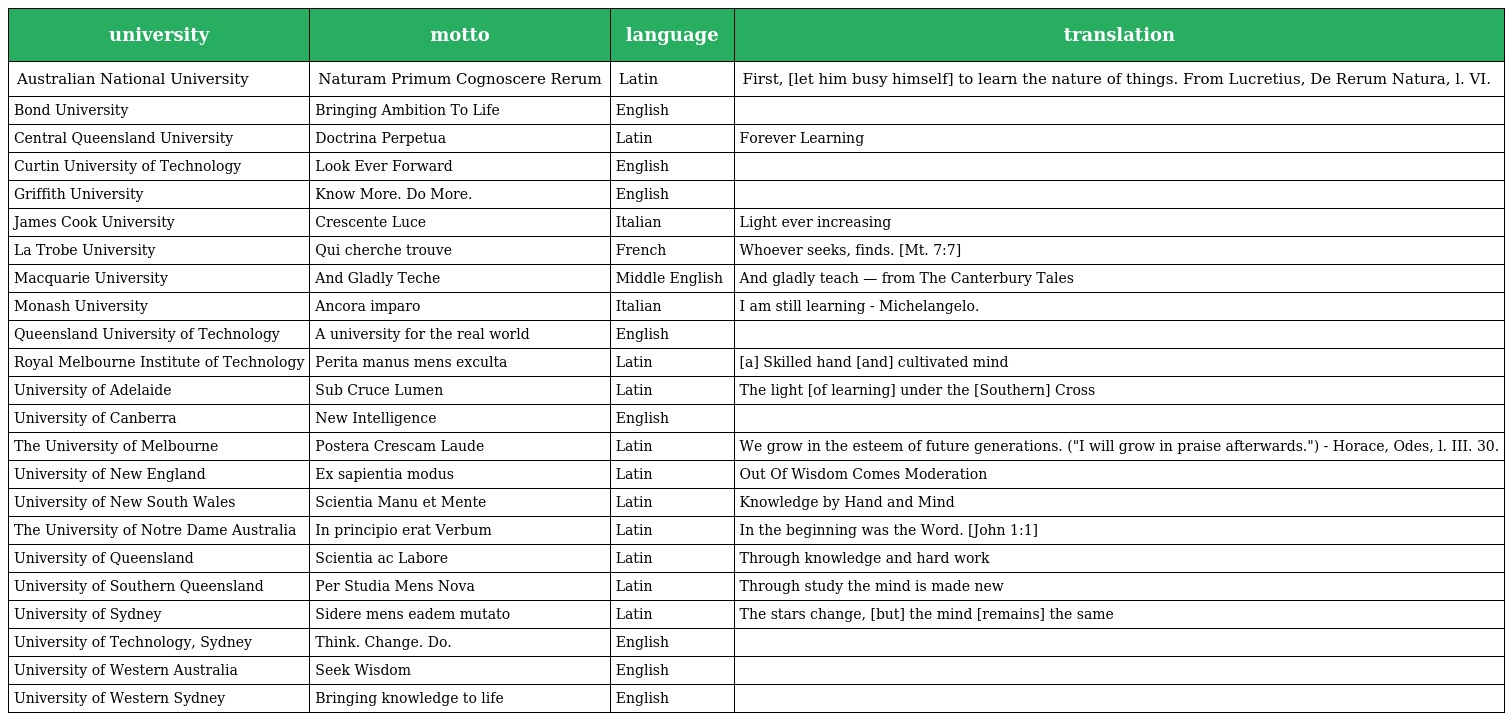
| university | motto | language | translation |
 | --- | --- | --- | --- |
 | Australian National University | Naturam Primum Cognoscere Rerum | Latin | First, [let him busy himself] to learn the nature of things. From Lucretius, De Rerum Natura, l. VI. |
 | Bond University | Bringing Ambition To Life | English |  |
 | Central Queensland University | Doctrina Perpetua | Latin | Forever Learning |
 | Curtin University of Technology | Look Ever Forward | English |  |
 | Griffith University | Know More. Do More. | English |  |
 | James Cook University | Crescente Luce | Italian | Light ever increasing |
 | La Trobe University | Qui cherche trouve | French | Whoever seeks, finds. [Mt. 7:7] |
 | Macquarie University | And Gladly Teche | Middle English | And gladly teach — from The Canterbury Tales |
 | Monash University | Ancora imparo | Italian | I am still learning - Michelangelo. |
 | Queensland University of Technology | A university for the real world | English |  |
 | Royal Melbourne Institute of Technology | Perita manus mens exculta | Latin | [a] Skilled hand [and] cultivated mind |
 | University of Adelaide | Sub Cruce Lumen | Latin | The light [of learning] under the [Southern] Cross |
 | University of Canberra | New Intelligence | English |  |
 | The University of Melbourne | Postera Crescam Laude | Latin | We grow in the esteem of future generations. ("I will grow in praise afterwards.") - Horace, Odes, l. III. 30. |
 | University of New England | Ex sapientia modus | Latin | Out Of Wisdom Comes Moderation |
 | University of New South Wales | Scientia Manu et Mente | Latin | Knowledge by Hand and Mind |
 | The University of Notre Dame Australia | In principio erat Verbum | Latin | In the beginning was the Word. [John 1:1] |
 | University of Queensland | Scientia ac Labore | Latin | Through knowledge and hard work |
 | University of Southern Queensland | Per Studia Mens Nova | Latin | Through study the mind is made new |
 | University of Sydney | Sidere mens eadem mutato | Latin | The stars change, [but] the mind [remains] the same |
 | University of Technology, Sydney | Think. Change. Do. | English |  |
 | University of Western Australia | Seek Wisdom | English |  |
 | University of Western Sydney | Bringing knowledge to life | English |  |